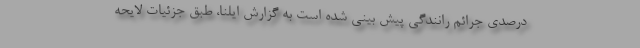
درصدی جرائم رانندگی پیش بینی شده است به گزارش ایلنا، طبق جزئیات لایحه